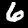
Label: 6